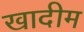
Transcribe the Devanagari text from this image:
खादीम